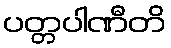
ပတ္တပါဏီတိ